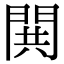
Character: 閧